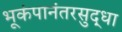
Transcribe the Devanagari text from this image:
भूकंपानंतरसुद्धा